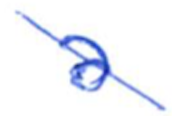
Text: a
Cross-out: diagonal
Writing tool: ballpoint